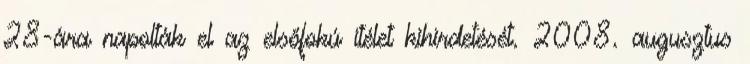
28-ára napolták el az elsőfokú ítélet kihirdetését. 2008. augusztus